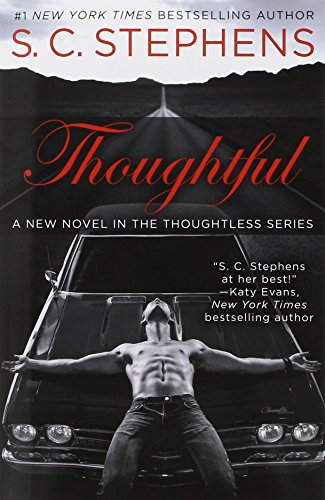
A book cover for Thoughtful (A Thoughtless Novel); S. C. Stephens; Romance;